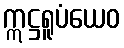
ဣဋ္ဌရူပံယေဝ